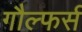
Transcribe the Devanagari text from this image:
गौल्फर्स